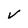
Character: v